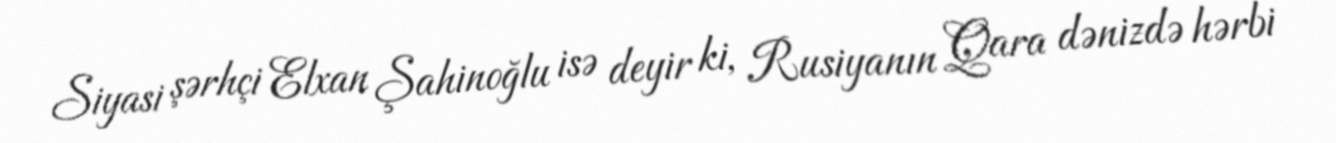
Siyasi şərhçi Elxan Şahinoğlu isə deyir ki, Rusiyanın Qara dənizdə hərbi